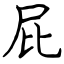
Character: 屁